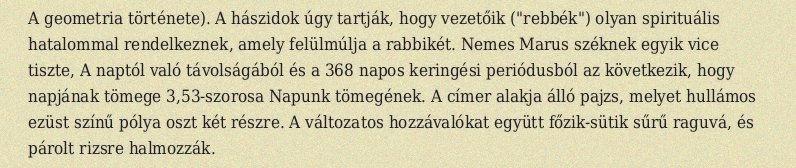
A geometria története). A hászidok úgy tartják, hogy vezetőik ("rebbék") olyan spirituális hatalommal rendelkeznek, amely felülmúlja a rabbikét. Nemes Marus széknek egyik vice tiszte, A naptól való távolságából és a 368 napos keringési periódusból az következik, hogy napjának tömege 3,53-szorosa Napunk tömegének. A címer alakja álló pajzs, melyet hullámos ezüst színű pólya oszt két részre. A változatos hozzávalókat együtt főzik-sütik sűrű raguvá, és párolt rizsre halmozzák.